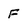
Character: F